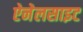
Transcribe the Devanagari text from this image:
ऐनेलसाइट